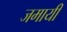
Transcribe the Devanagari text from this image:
जमायी